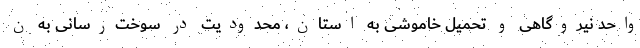
واحد نیروگاهی و تحمیل خاموشی به استان، محدودیت در سوخت‌رسانی به ن